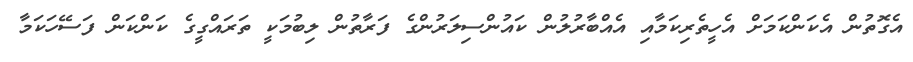
އެގޮތުން އެކަންކަމަށް އެހީތެރިކަމާއި އެއްބާރުލުން ކައުންސިލަރުންގެ ފަރާތުން ލިބުމަކީ ތަރައްގީގެ ކަންކަން ފަސޭހަކަމާ